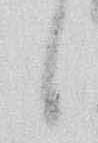
候